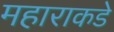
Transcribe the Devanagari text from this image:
महाराकडे